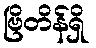
ဗြိတိန်ရှိ